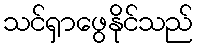
သင်ရှာဖွေနိုင်သည်